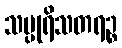
သပ္ပုရိသတရဉ္စ